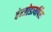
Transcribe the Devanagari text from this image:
बेन्जोडायपिंस